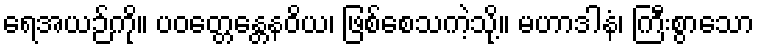
ရေအယဉ်ကို။ ပဝတ္တေန္တေနဝိယ၊ ဖြစ်စေသကဲ့သို့။ မဟာဒါနံ၊ ကြီးစွာသော